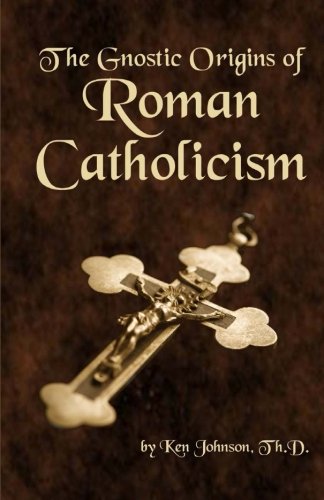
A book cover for The Gnostic Origins of Roman Catholicism; Ken Johnson; Christian Books & Bibles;